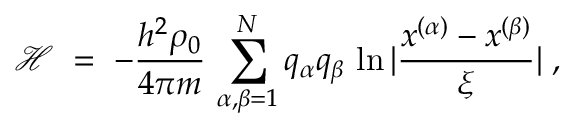
{ \mathcal H } \; = \; - \frac { h ^ { 2 } \rho _ { 0 } } { 4 \pi m } \, \sum _ { \alpha , \beta = 1 } ^ { N } q _ { \alpha } q _ { \beta } \, \ln | \frac { x ^ { ( \alpha ) } - x ^ { ( \beta ) } } { \xi } | \; ,